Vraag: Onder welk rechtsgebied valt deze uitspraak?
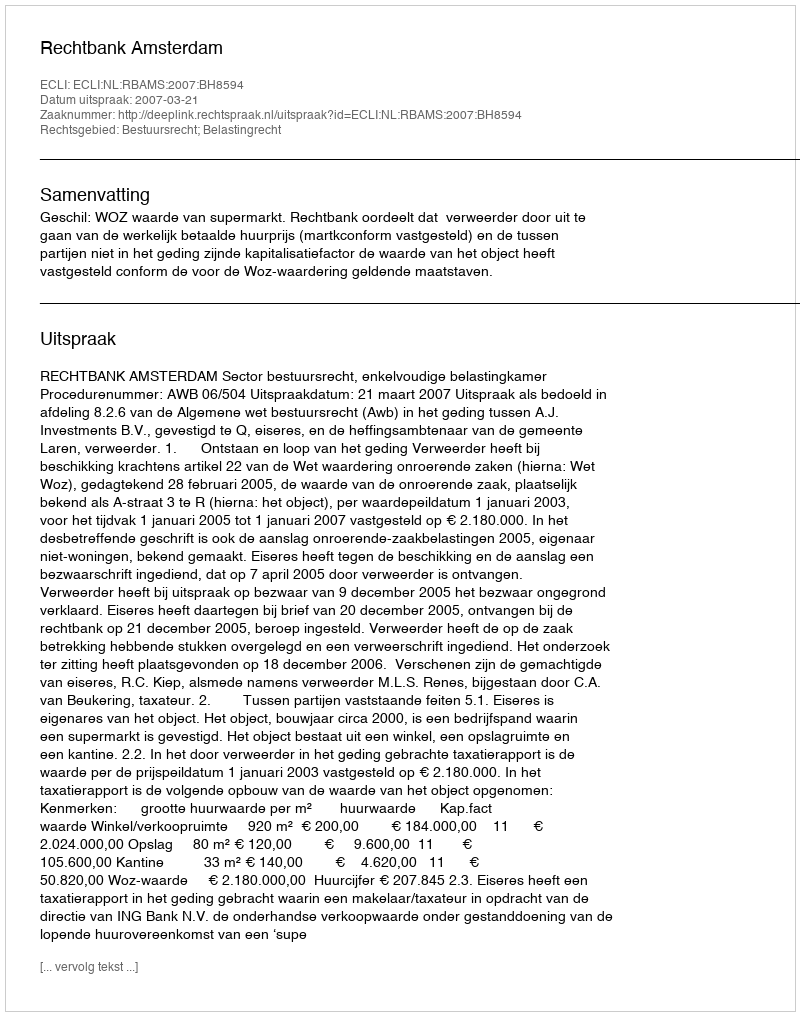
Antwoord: Bestuursrecht; Belastingrecht